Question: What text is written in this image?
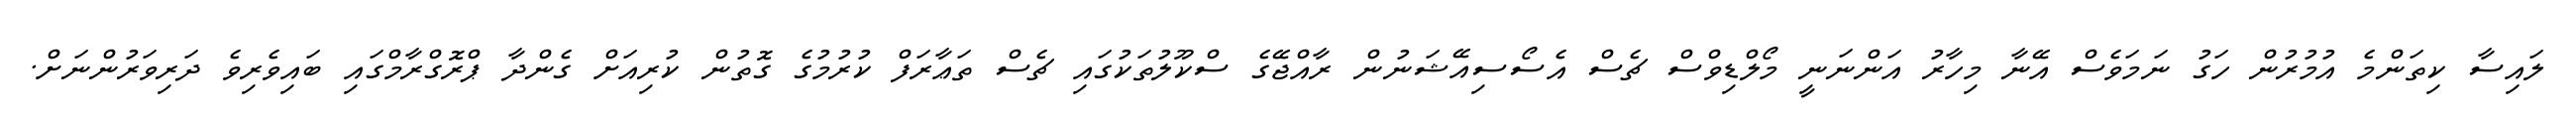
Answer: ލައިސާ ކިތަންމެ އުމުރުން ހަގު ނަމަވެސް އޭނާ މިހާރު އަންނަނީ މޯލްޑިވްސް ޗެސް އެސޯސިއޭޝަނުން ރާއްޖޭގެ ސްކޫލުތަކުގައި ޗެސް ތަޢާރަފް ކުރުމުގެ ގޮތުން ކުރިއަށް ގެންދާ ޕްރޮގްރާމްގައި ބައިވެރިވެ ދަރިވަރުންނަށް.